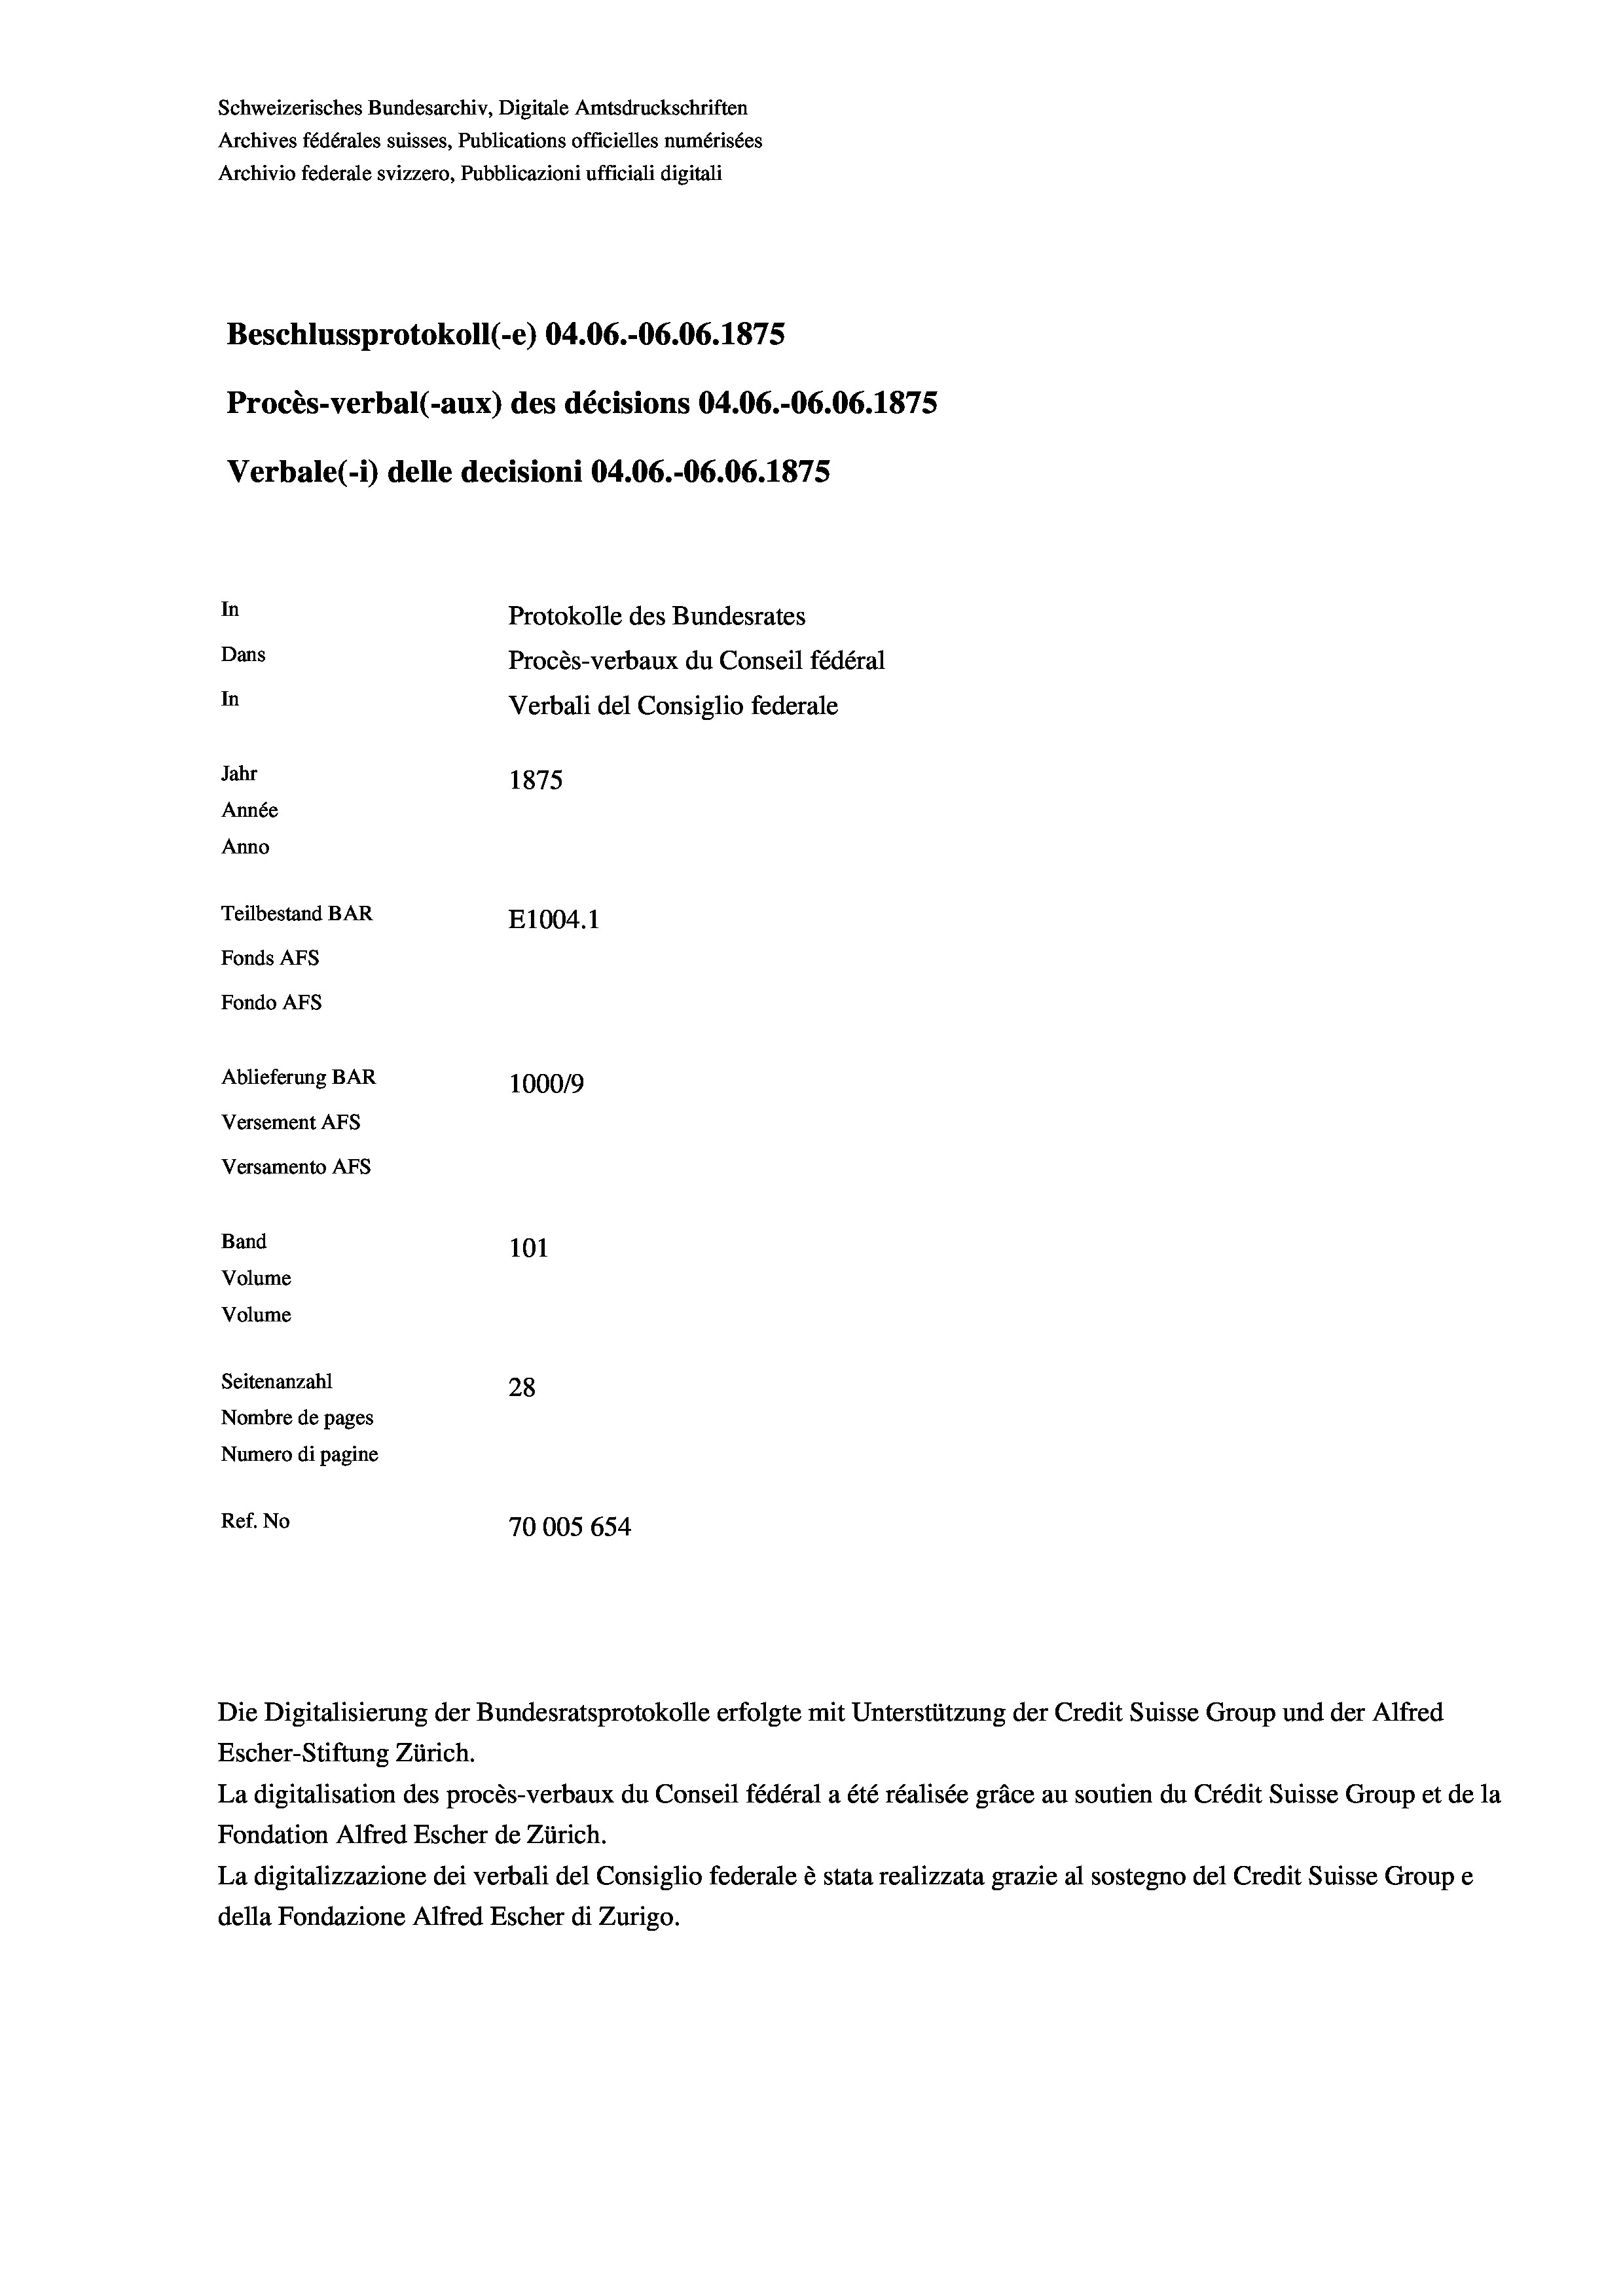
Schweizerisches Bundesarchiv, Digitale Amtsdruckschriften
Archives fédérales suisses, Publications officielles numérisées
Archivio federale svizzero, Pubblicazioni ufficiali digitali
Beschlussprotokoll (-e) 04.06.-06.06. 1875
Procès-verbal (-aux) des décisions 04.06.-06.06. 1875
Verbale (i) delle decisioni 04.06.-06.06. 1875
In
Protokolle des Bundesrates
Dans
Procès-verbaux du Conseil fédéral
In
Verbali del Consiglio federale
Jahr
1875
Année
Anno
Teilbestand BAR
E1004.1
Fonds Afs
Fondo Afs
Ablieferung BAR
100019
Versement AFs
Versamento AFs
Band
101
Volume
Volume
Seitenanzahl
28
Nombre de pages
Numero di pagine
Ref. No
70005 654

Die Digitalisierung der Bundesratsprotokolle erfolgte mit Unterstützung der Credit Suisse Group und der Alfred
Escher-Stiftung Zürich.
La digitalisation des procès-verbaux du Conseil fédéral a été réalisée gräce au soutien du Crédit Suisse Group et de la
Fondation Alfred Escher de Zürich.
La digitalizzazione dei verbali del Consiglio federale è stata realizzata grazie al sostegno del Credit Suisse Groupe
della Fondazione Alfred Escher di Zurigo.